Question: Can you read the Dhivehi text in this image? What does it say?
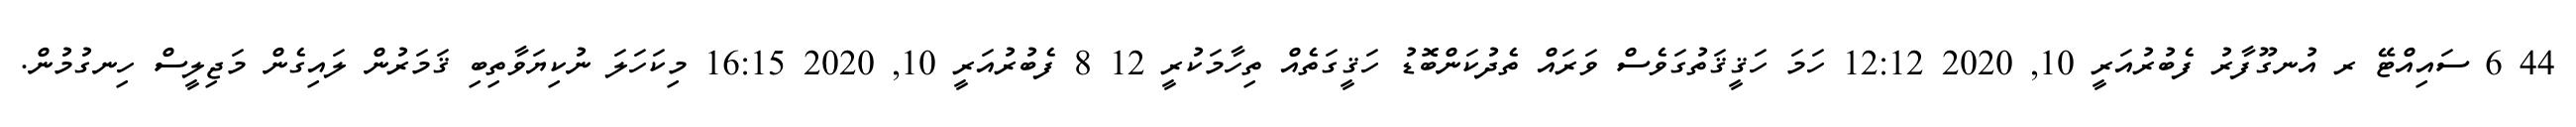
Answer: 44 6 ސައިއްޓޭ ރ އުނގޫފާރު ފެބުރުއަރީ 10, 2020 12:12 ހަމަ ހަޤީޤަތުގަވެސް ވަރައް ތެދުކަންބޮޑު ހަޤީގަތެއް ތިހާމަކުރީ 12 8 ފެބުރުއަރީ 10, 2020 16:15 މިކަހަލަ ނުކިޔަވާތިބި ޤަމަރުން ލައިގެން މަޖިލީސް ހިނގުމުން.